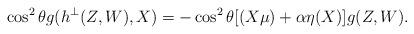
LaTeX: \begin{align*} \cos^2\theta g(h^\bot(Z,W),X)=-\cos^2\theta[(X\mu)+\alpha \eta(X)]g(Z,W). \end{align*}